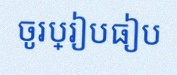
ចូរប្រៀបធៀប